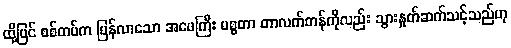
ထို့ပြင် စစ်တပ်က ပြန်လာသော အဖေကြီး မစ္စတာ တာလက်တန်ကိုလည်း သွားနှုတ်ဆက်သင့်သည်ဟု